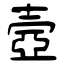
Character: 壼